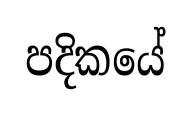
පදිකයේ